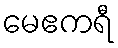
မေဧကရီ